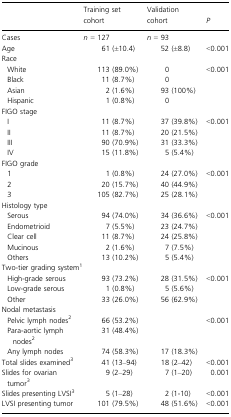
|  | Training set cohort | Validation cohort | P |
 | --- | --- | --- | --- |
 | Cases | n = 127 | n = 93 |  |
 | Age | 61 (±10.4) | 52 (±8.8) | <0.001 |
 | <COLSPAN=4> Race |
 | White | 113 (89.0%) | 0 | <0.001 |
 | Black | 11 (8.7%) | 0 |  |
 | Asian | 2 (1.6%) | 93 (100%) |  |
 | Hispanic | 1 (0.8%) | 0 |  |
 | <COLSPAN=4> FIGO stage |
 | I | 11 (8.7%) | 37 (39.8%) | <0.001 |
 | II | 11 (8.7%) | 20 (21.5%) |  |
 | III | 90 (70.9%) | 31 (33.3%) |  |
 | IV | 15 (11.8%) | 5 (5.4%) |  |
 | <COLSPAN=4> FIGO grade |
 | 1 | 1 (0.8%) | 24 (27.0%) | <0.001 |
 | 2 | 20 (15.7%) | 40 (44.9%) |  |
 | 3 | 105 (82.7%) | 25 (28.1%) |  |
 | <COLSPAN=4> Histology type |
 | Serous | 94 (74.0%) | 34 (36.6%) | <0.001 |
 | Endometrioid | 7 (5.5%) | 23 (24.7%) |  |
 | Clear cell | 11 (8.7%) | 24 (25.8%) |  |
 | Mucinous | 2 (1.6%) | 7 (7.5%) |  |
 | Others | 13 (10.2%) | 5 (5.4%) |  |
 | <COLSPAN=4> Two-tier grading system1 |
 | High-grade serous | 93 (73.2%) | 28 (31.5%) | <0.001 |
 | Low-grade serous | 1 (0.8%) | 5 (5.6%) |  |
 | Other | 33 (26.0%) | 56 (62.9%) |  |
 | <COLSPAN=4> Nodal metastasis |
 | Pelvic lymph nodes2 | 66 (53.2%) |  | <0.001 |
 | Para-aortic lymph nodes2 | 31 (48.4%) |  |  |
 | Any lymph nodes | 74 (58.3%) | 17 (18.3%) |  |
 | Total slides examined3 | 41 (13–94) | 18 (2–42) | <0.001 |
 | Slides for ovarian tumor3 | 9 (2–29) | 7 (1–20) | 0.001 |
 | Slides presenting LVSI3 | 5 (1–28) | 2 (1-10) | <0.001 |
 | LVSI presenting tumor | 101 (79.5%) | 48 (51.6%) | <0.001 |